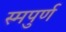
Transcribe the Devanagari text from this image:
स्मपुर्ण